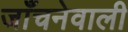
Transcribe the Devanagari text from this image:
जाँचनेवाली